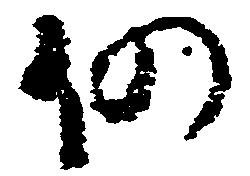
仍